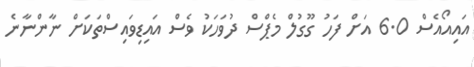
އައިއޯއެސް 6.0 އަށް ފަހު ގޫގުލް މެޕްސް ދުވަހަކު ވެސް އައިޑިވައިސްތަކަށް ނާންނާނެ